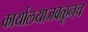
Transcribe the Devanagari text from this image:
कार्यालयाजवळूनच